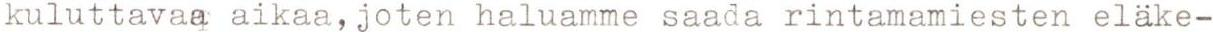
kuluttavaa aikaa,joten haluamme saada rintamamiesten eläke-